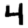
Digit: 4